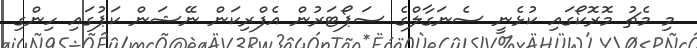
މި މެޗު މޮރޮކޯގައި ކުޅެނީ ސެނަގާލްގެ ސަޕޯޓަރުން އެފްރިކަން ނޭޝަން ކަޕުގައި ހިންގި